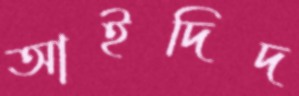
আইদিদ